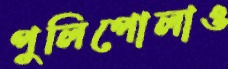
পুলিপোলাও